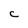
Character: C